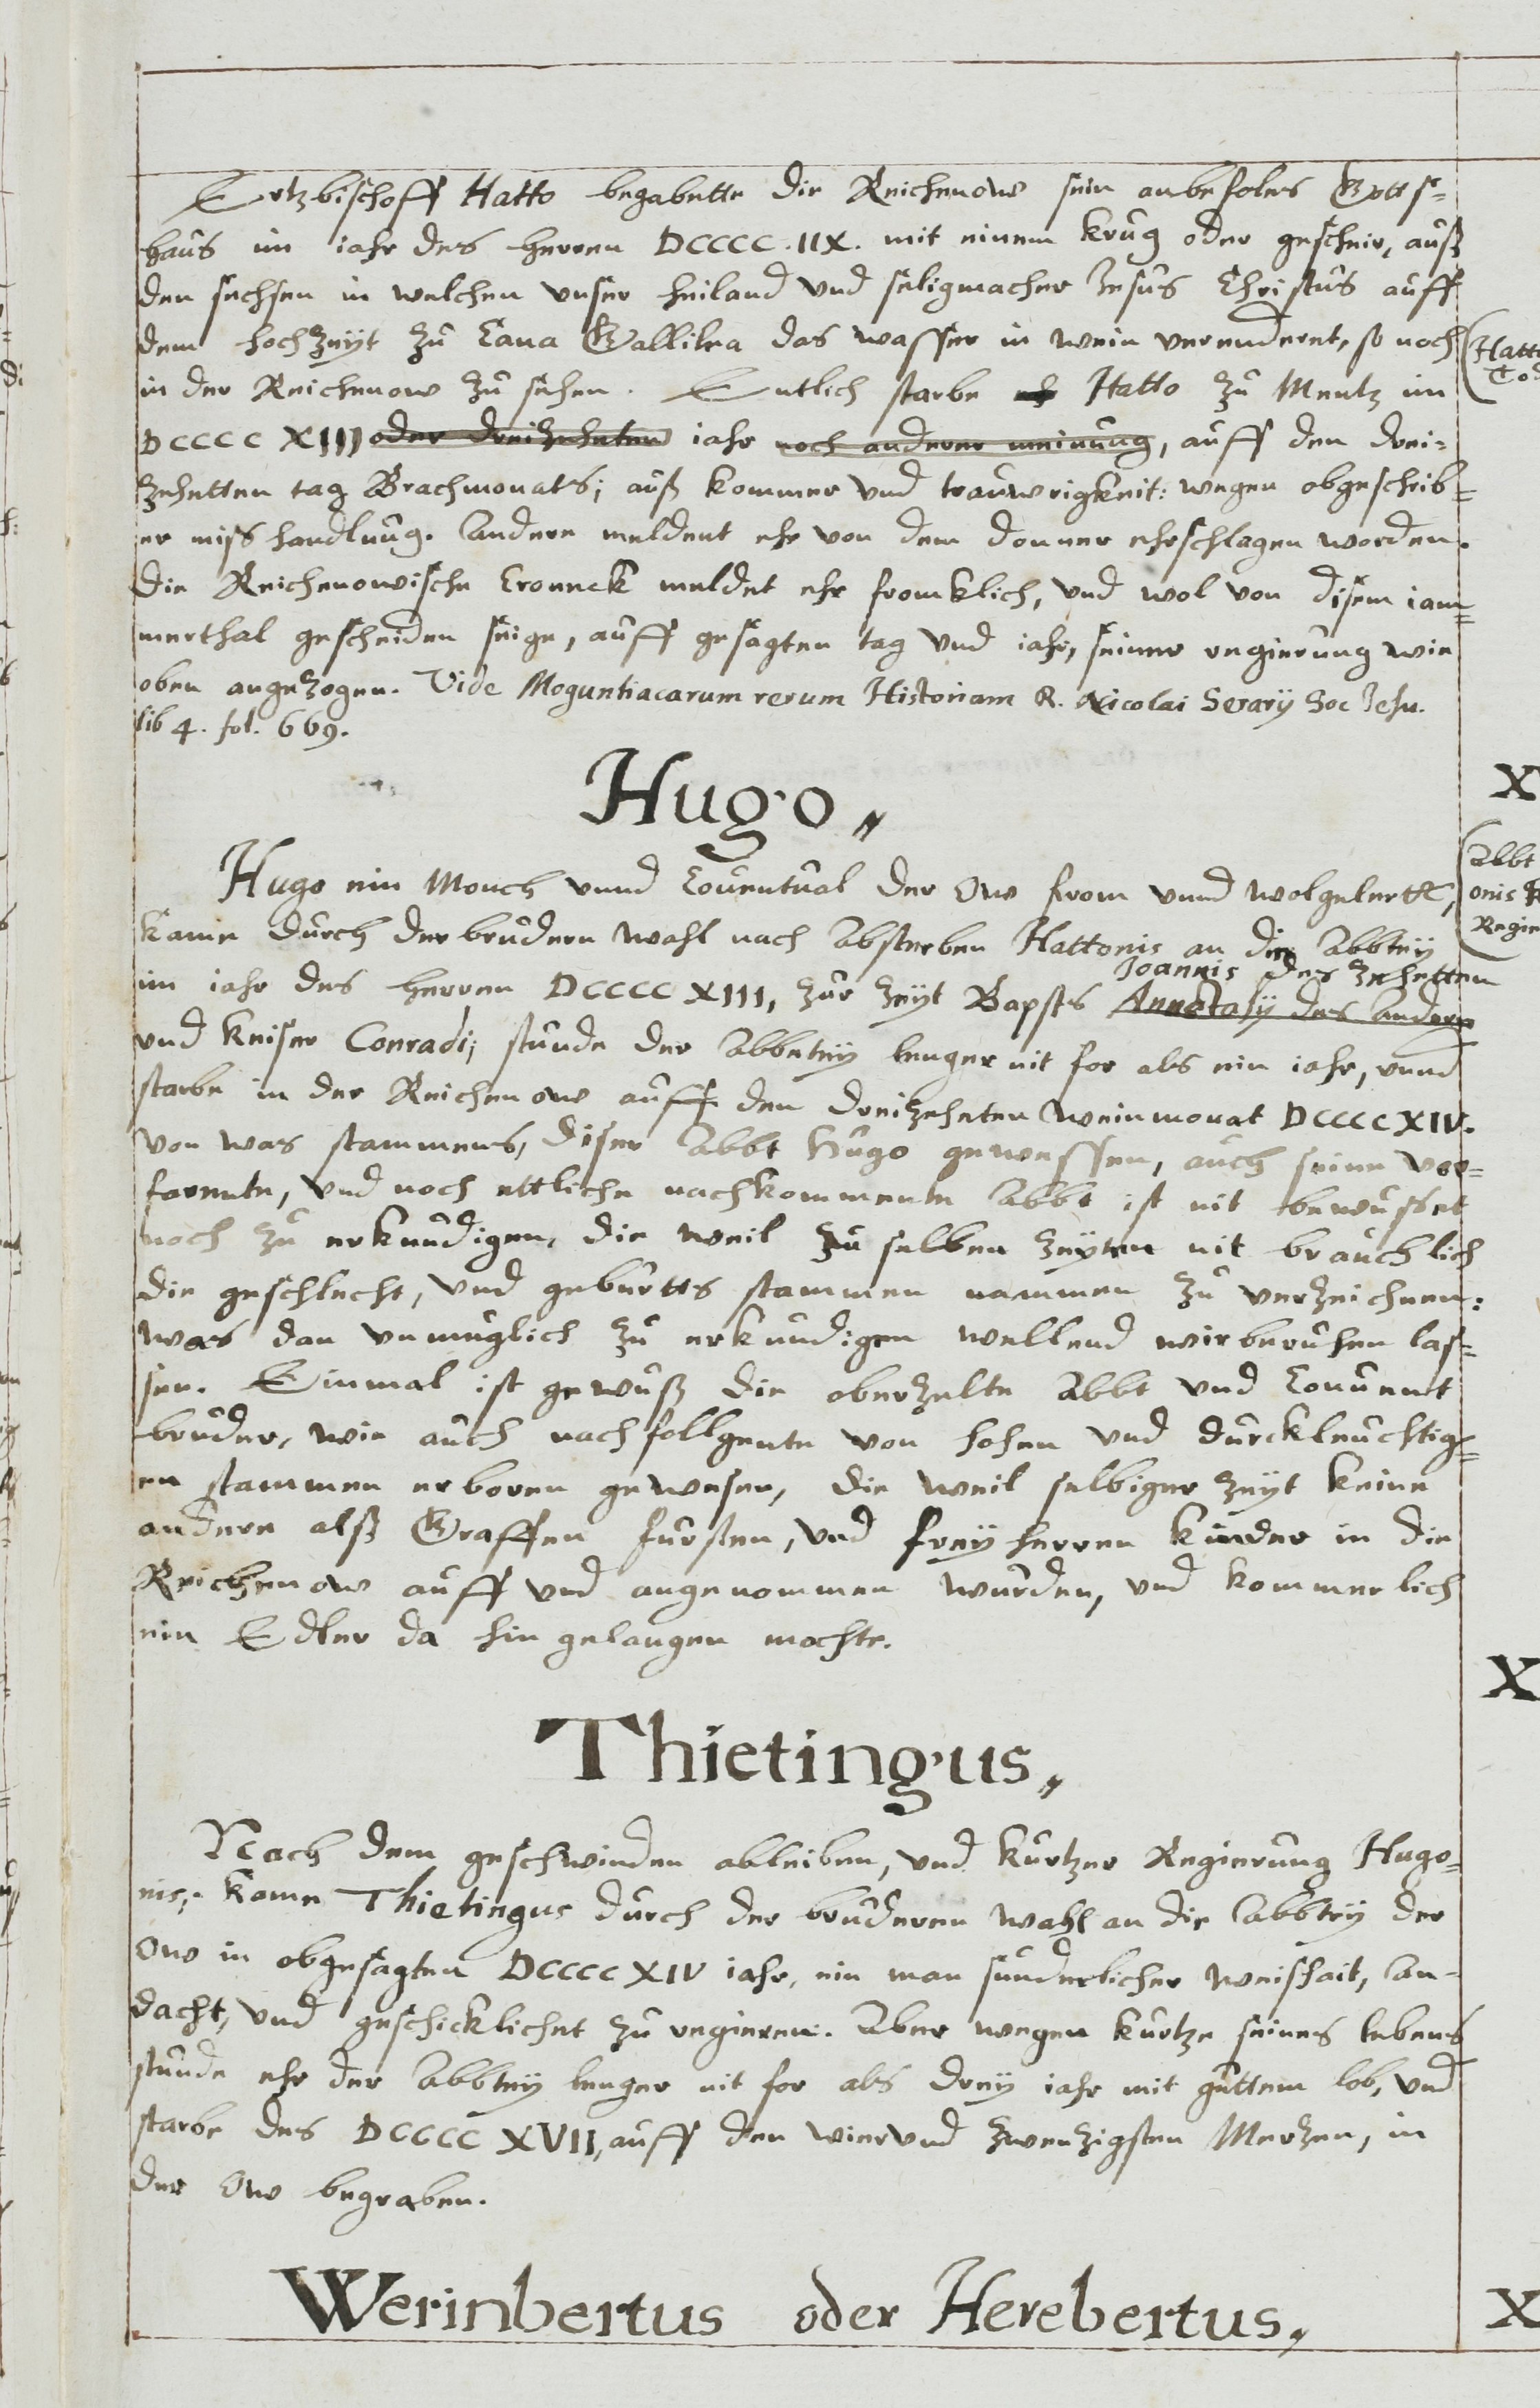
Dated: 1613–1642